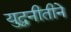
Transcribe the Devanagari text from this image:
युद्धनीतीने